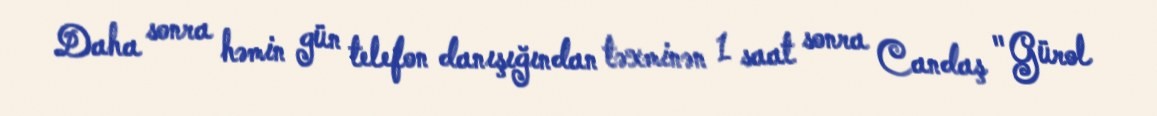
Daha sonra həmin gün telefon danışığından təxminən 1 saat sonra Candaş "Gürol